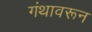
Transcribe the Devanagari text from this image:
गंथावरून